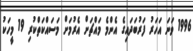
1996 ވަނަ އަހަރު ފަރުބަދައިގެ އެންމެ މައްޗަށް އެރުމަށް މަސައްކަތްކުރި 19 މީހަކު